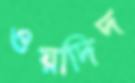
ওয়াদিদ